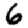
Digit: 6